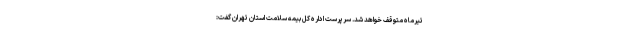
تیرماه متوقف خواهد شد. سرپرست اداره کل بیمه سلامت استان تهران گفت: